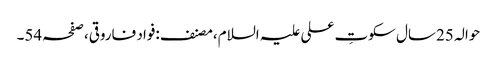
حوالہ 25سال سکوتِ علی علیہ السلام،مصنف:فواد فاروقی،صفحہ54۔